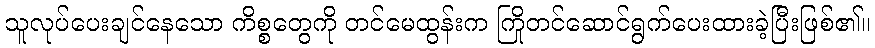
သူလုပ်ပေးချင်နေသော ကိစ္စတွေကို တင်မေထွန်းက ကြိုတင်ဆောင်ရွက်ပေးထားခဲ့ပြီးဖြစ်၏။